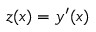
z ( x ) = y ^ { \prime } ( x )